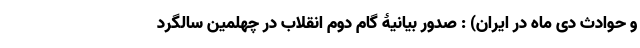
و حوادث دی ماه در ایران) : صدور بیانیۀ گام دوم انقلاب در چهلمین سالگرد